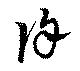
餘